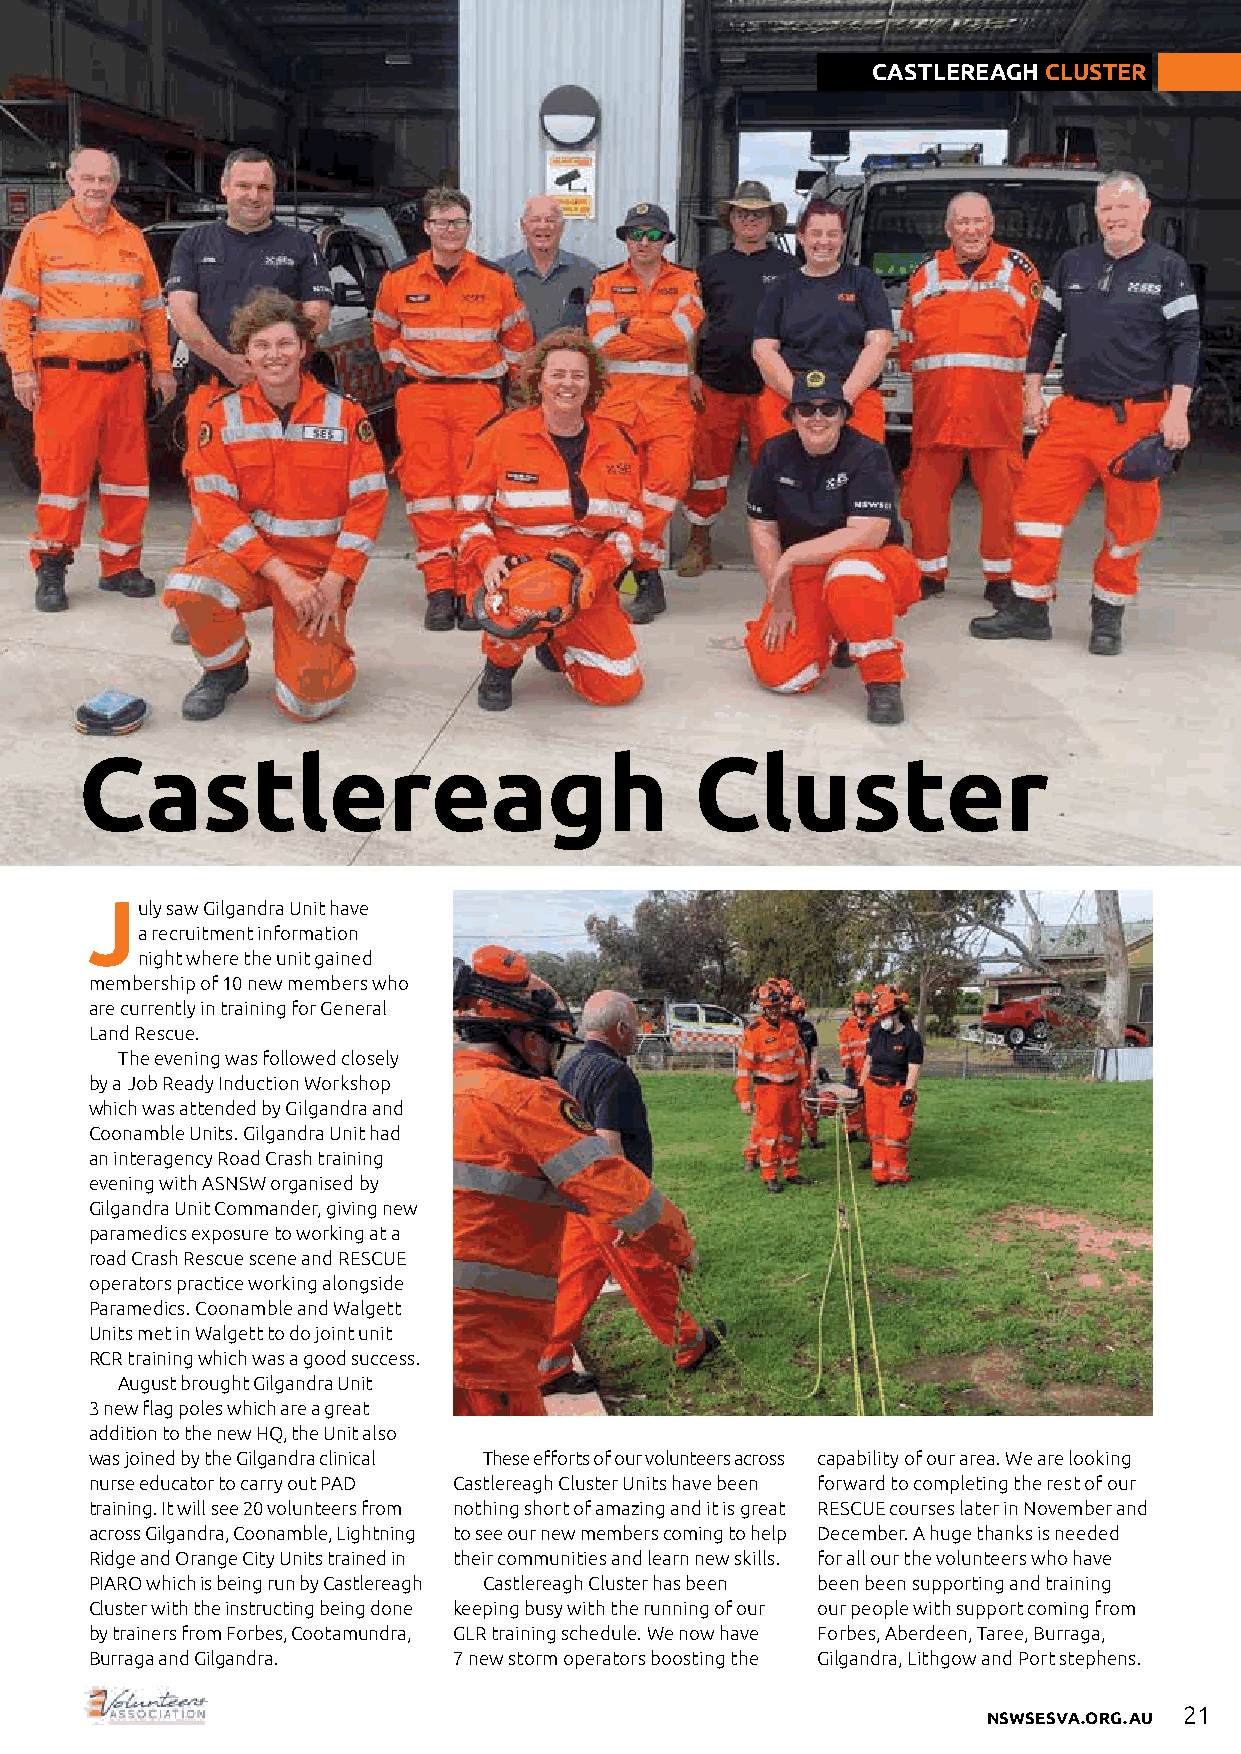
CASTLEREAGH CLUSTER
 Castlereagh                              Cluster
 July saw Gilgandra Unit have
 a recruitment information
 night where the unit gained
 membership of 10 new members who
 are currently in training for General
 Land Rescue.
 The evening was followed closely
 by a Job Ready Induction Workshop
 which was attended by Gilgandra and
 Coonamble Units. Gilgandra Unit had
 an interagency Road Crash training
 evening with ASNSW organised by
 Gilgandra Unit Commander, giving new
 paramedics exposure to working at a
 road Crash Rescue scene and RESCUE
 operators practice working alongside
 Paramedics. Coonamble and Walgett
 Units met in Walgett to do joint unit
 RCR training which was a good success.
 August brought Gilgandra Unit
 3 new flag poles which are a great
 addition to the new HQ, the Unit also
 was joined by the Gilgandra clinical These efforts of our volunteers across capability of our area. We are looking
 nurse educator to carry out PAD Castlereagh Cluster Units have been forward to completing the rest of our
 training. It will see 20 volunteers from nothing short of amazing and it is great RESCUE courses later in November and
 across Gilgandra, Coonamble, Lightning to see our new members coming to help December. A huge thanks is needed
 Ridge and Orange City Units trained in their communities and learn new skills. for all our the volunteers who have
 PIARO which is being run by Castlereagh Castlereagh Cluster has been been been supporting and training
 Cluster with the instructing being done keeping busy with the running of our our people with support coming from
 by trainers from Forbes, Cootamundra, GLR training schedule. We now have Forbes, Aberdeen, Taree, Burraga,
 Burraga and Gilgandra.  7 new storm operators boosting the Gilgandra, Lithgow and Port stephens.
 21
 NSWSESVA.ORG.AU